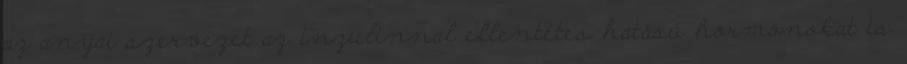
az anyai szervezet az inzulinnal ellentétes hatású hormonokat is